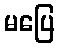
မပြေ